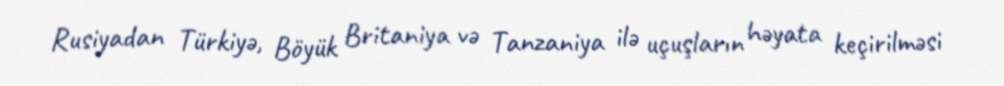
Rusiyadan Türkiyə, Böyük Britaniya və Tanzaniya ilə uçuşların həyata keçirilməsi